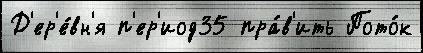
Д'ер'е́вн'я п'ер'иод35 пра́в'ить Пото́к